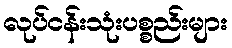
လုပ်ငန်းသုံးပစ္စည်းများ